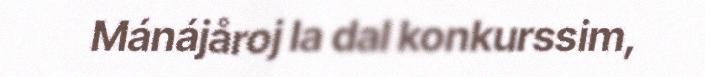
Mánájåroj la dal konkurssim,